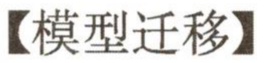
【模型迁移】